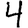
Digit: 4